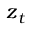
\boldsymbol { z } _ { t }